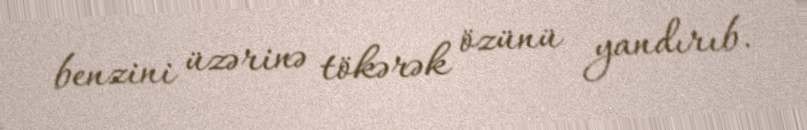
benzini üzərinə tökərək özünü yandırıb.